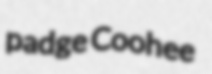
padge Coohee